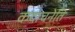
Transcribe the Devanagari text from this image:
कदाचनेति